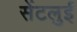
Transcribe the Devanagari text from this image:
सेंटलुई